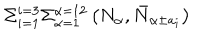
LaTeX: \Sigma _ { i = 1 } ^ { i = 3 } \Sigma _ { \alpha = 1 } ^ { \alpha = 1 2 } \left( N _ { \alpha } , \bar { N } _ { \alpha \pm a _ { i } } \right)